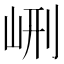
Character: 𡶭